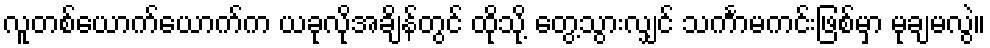
လူတစ်ယောက်ယောက်က ယခုလိုအချိန်တွင် ထိုသို့ တွေ့သွားလျှင် သင်္ကာမကင်းဖြစ်မှာ မုချမလွဲ။